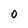
Character: O